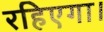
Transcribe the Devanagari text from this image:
रहिएगा।